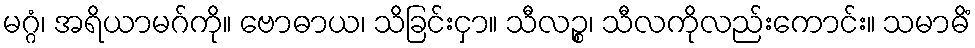
မဂ္ဂံ၊ အရိယာမဂ်ကို။ ဗောဓာယ၊ သိခြင်းငှာ။ သီလဉ္စ၊ သီလကိုလည်းကောင်း။ သမာဓိံ